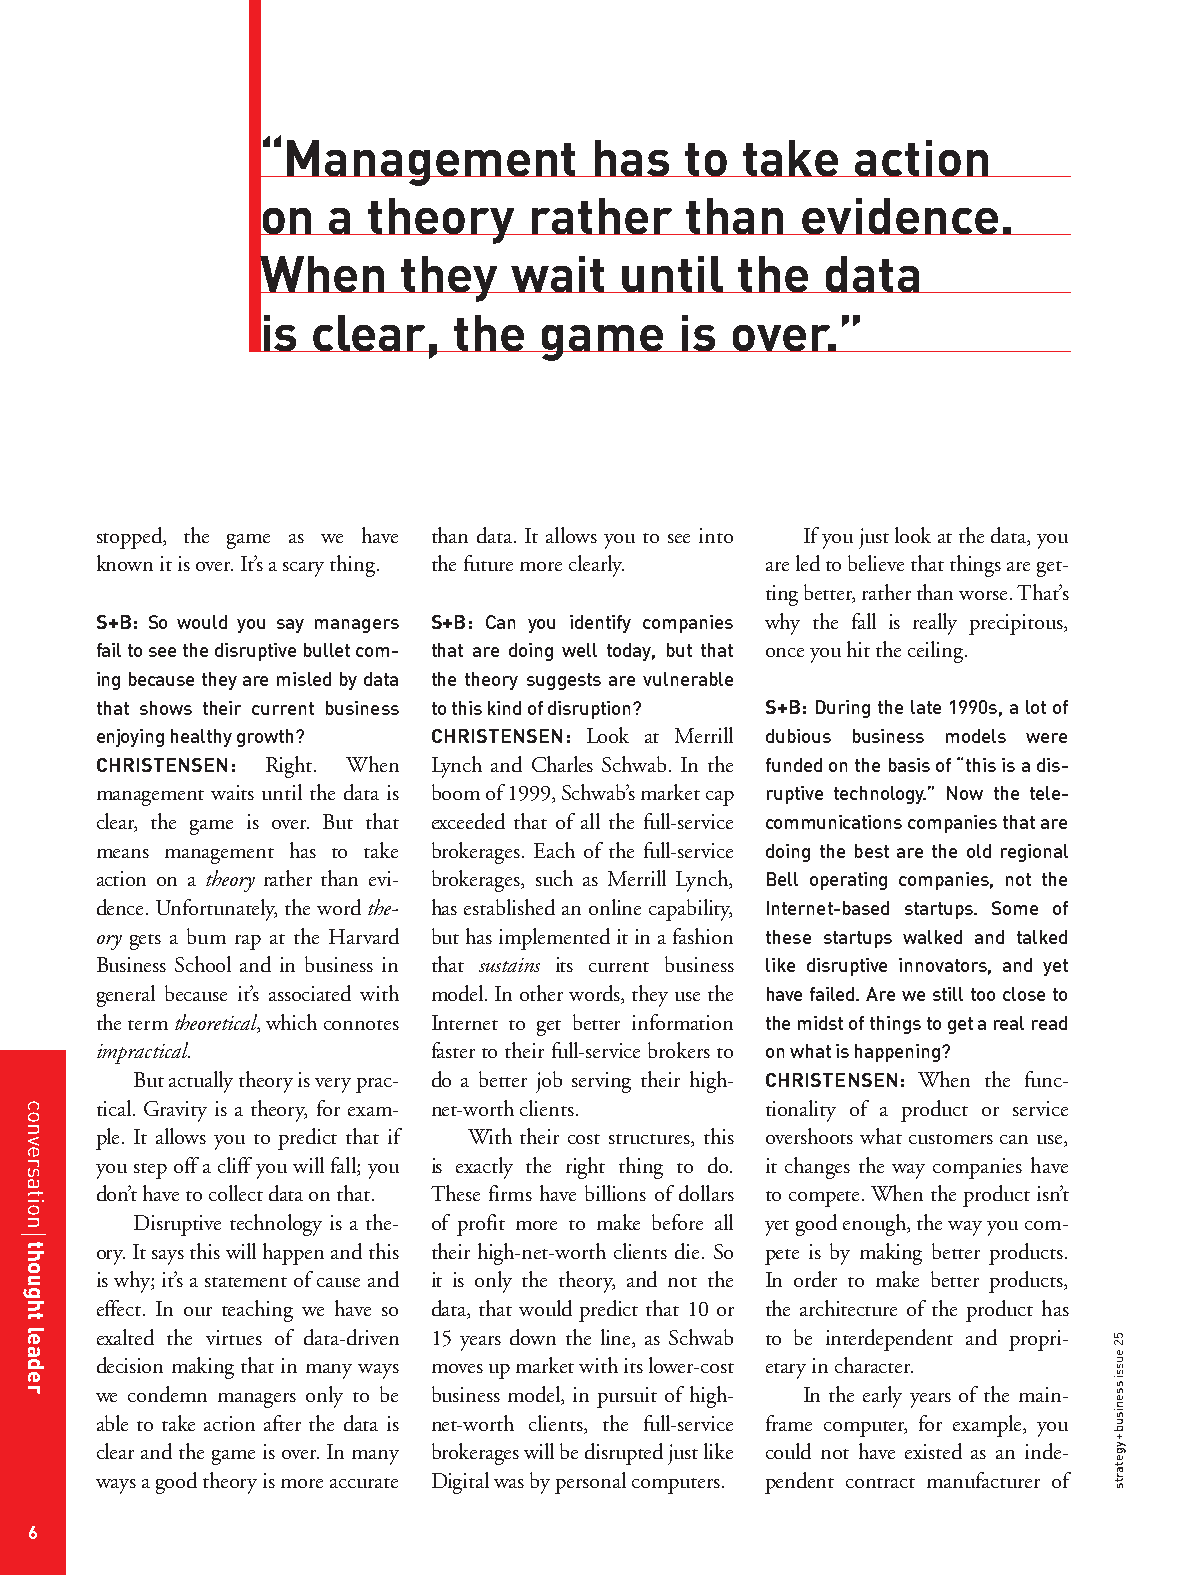
“Management           has   to  take    action
 on   a theory     rather    than    evidence.
 When      they   wait   until   the   data
 is  clear,   the   game     is over.”
 stopped, the game as we have than data. It allows you to see into If you just look at the data, you
 known it is over. It’s a scary thing. the future more clearly. are led to believe that things are get-
 ting better, rather than worse. That’s
 S+B: So would you say managers S+B: Can you identify companies why the fall is really precipitous,
 fail to see the disruptive bullet com- that are doing well today, but that once you hit the ceiling.
 ing because they are misled by data the theory suggests are vulnerable
 that shows their current business to this kind of disruption? S+B: During the late 1990s, a lot of
 enjoying healthy growth? CHRISTENSEN: Look at Merrill dubious business models were
 CHRISTENSEN: Right. When Lynch and Charles Schwab. In the funded on the basis of “this is a dis-
 management waits until the data is boom of 1999, Schwab’s market cap ruptive technology.” Now the tele-
 clear, the game is over. But that exceeded that of all the full-service communications companies that are
 means management has to take brokerages. Each of the full-service doing the best are the old regional
 action on a theory rather than evi- brokerages, such as Merrill Lynch, Bell operating companies, not the
 dence. Unfortunately, the word the- has established an online capability, Internet-based startups. Some of
 ory gets a bum rap at the Harvard but has implemented it in a fashion these startups walked and talked
 Business School and in business in that sustains its current business like disruptive innovators, and yet
 general because it’s associated with model. In other words, they use the have failed. Are we still too close to
 the term theoretical, which connotes Internet to get better information the midst of things to get a real read
 impractical.           faster to their full-service brokers to on what is happening?
 But actually theory is very prac- do a better job serving their high- CHRISTENSEN: When the func-
 tical. Gravity is a theory, for exam- net-worth clients. tionality of a product or service
 ple. It allows you to predict that if With their cost structures, this overshoots what customers can use,
 you step off a cliff you will fall; you is exactly the right thing to do. it changes the way companies have
 don’t have to collect data on that. These firms have billions of dollars to compete. When the product isn’t
 Disruptive technology is a the- of profit more to make before all yet good enough, the way you com-
 ory. It says this will happen and this their high-net-worth clients die. So pete is by making better products.
 is why; it’s a statement of cause and it is only the theory, and not the In order to make better products,
 effect. In our teaching we have so data, that would predict that 10 or the architecture of the product has
 exalted the virtues of data-driven 15 years down the line, as Schwab to be interdependent and propri-
 decision making that in many ways moves up market with its lower-cost etary in character.
 we condemn managers only to be business model, in pursuit of high- In the early years of the main-
 able to take action after the data is net-worth clients, the full-service frame computer, for example, you
 clear and the game is over. In many brokerages will be disrupted just like could not have existed as an inde-
 ways a good theory is more accurate Digital was by personal computers. pendent contract manufacturer of
 6
 conversation
 thought
 leader                                                                   52eussissenisub+ygetarts